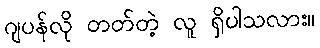
ဂျပန်လို တတ်တဲ့ လူ ရှိပါသလား။